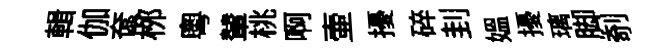
輯伽奩桞粤輦桃啊壷擾碎刲媪擾璃脚剞